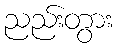
ညည်းတွား